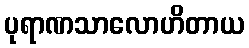
ပုရာဏသာလောဟိတာယ